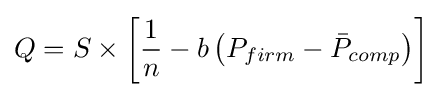
Q=S\times \left[{\frac {1}{n}}-b\left(P_{firm}-{\bar {P}}_{comp}\right)\right]